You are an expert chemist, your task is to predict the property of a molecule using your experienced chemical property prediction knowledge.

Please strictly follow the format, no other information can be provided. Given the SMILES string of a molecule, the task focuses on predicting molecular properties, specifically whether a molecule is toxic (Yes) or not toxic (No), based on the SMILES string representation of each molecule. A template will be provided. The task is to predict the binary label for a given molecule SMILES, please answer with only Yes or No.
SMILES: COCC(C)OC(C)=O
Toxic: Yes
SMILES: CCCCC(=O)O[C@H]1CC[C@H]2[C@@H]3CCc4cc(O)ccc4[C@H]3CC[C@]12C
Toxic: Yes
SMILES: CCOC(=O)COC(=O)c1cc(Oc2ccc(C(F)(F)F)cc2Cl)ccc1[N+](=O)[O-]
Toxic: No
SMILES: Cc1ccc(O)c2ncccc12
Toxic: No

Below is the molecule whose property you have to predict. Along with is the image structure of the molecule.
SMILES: CN1C[C@H]2c3ccccc3Oc3ccc(Cl)cc3[C@@H]2C1
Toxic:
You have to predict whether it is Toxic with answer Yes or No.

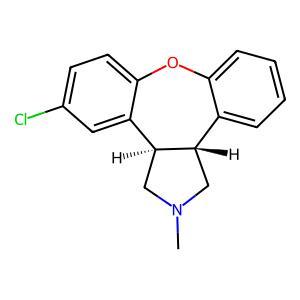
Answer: No